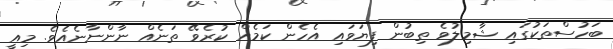
ބަހުސްތަކުގައި ޝާމިލުވެ ތިބުން ފިޔަވައި އެހެން ކަމެއް ކުރެވޭ ތަނެއް ނާންނާނެއެވެ. މިއީ